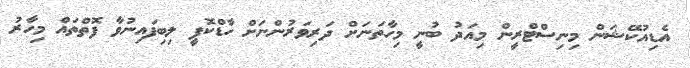
އެޑިއުކޭޝަން މިނިސްޓްރީން މިއަދު ބުނީ މިހާތަނަށް ދަރިވަރުންނަށް ހާޑްކޮޕީ ލިބިފައިނުވާ ފޮތްތައް މިހާރު